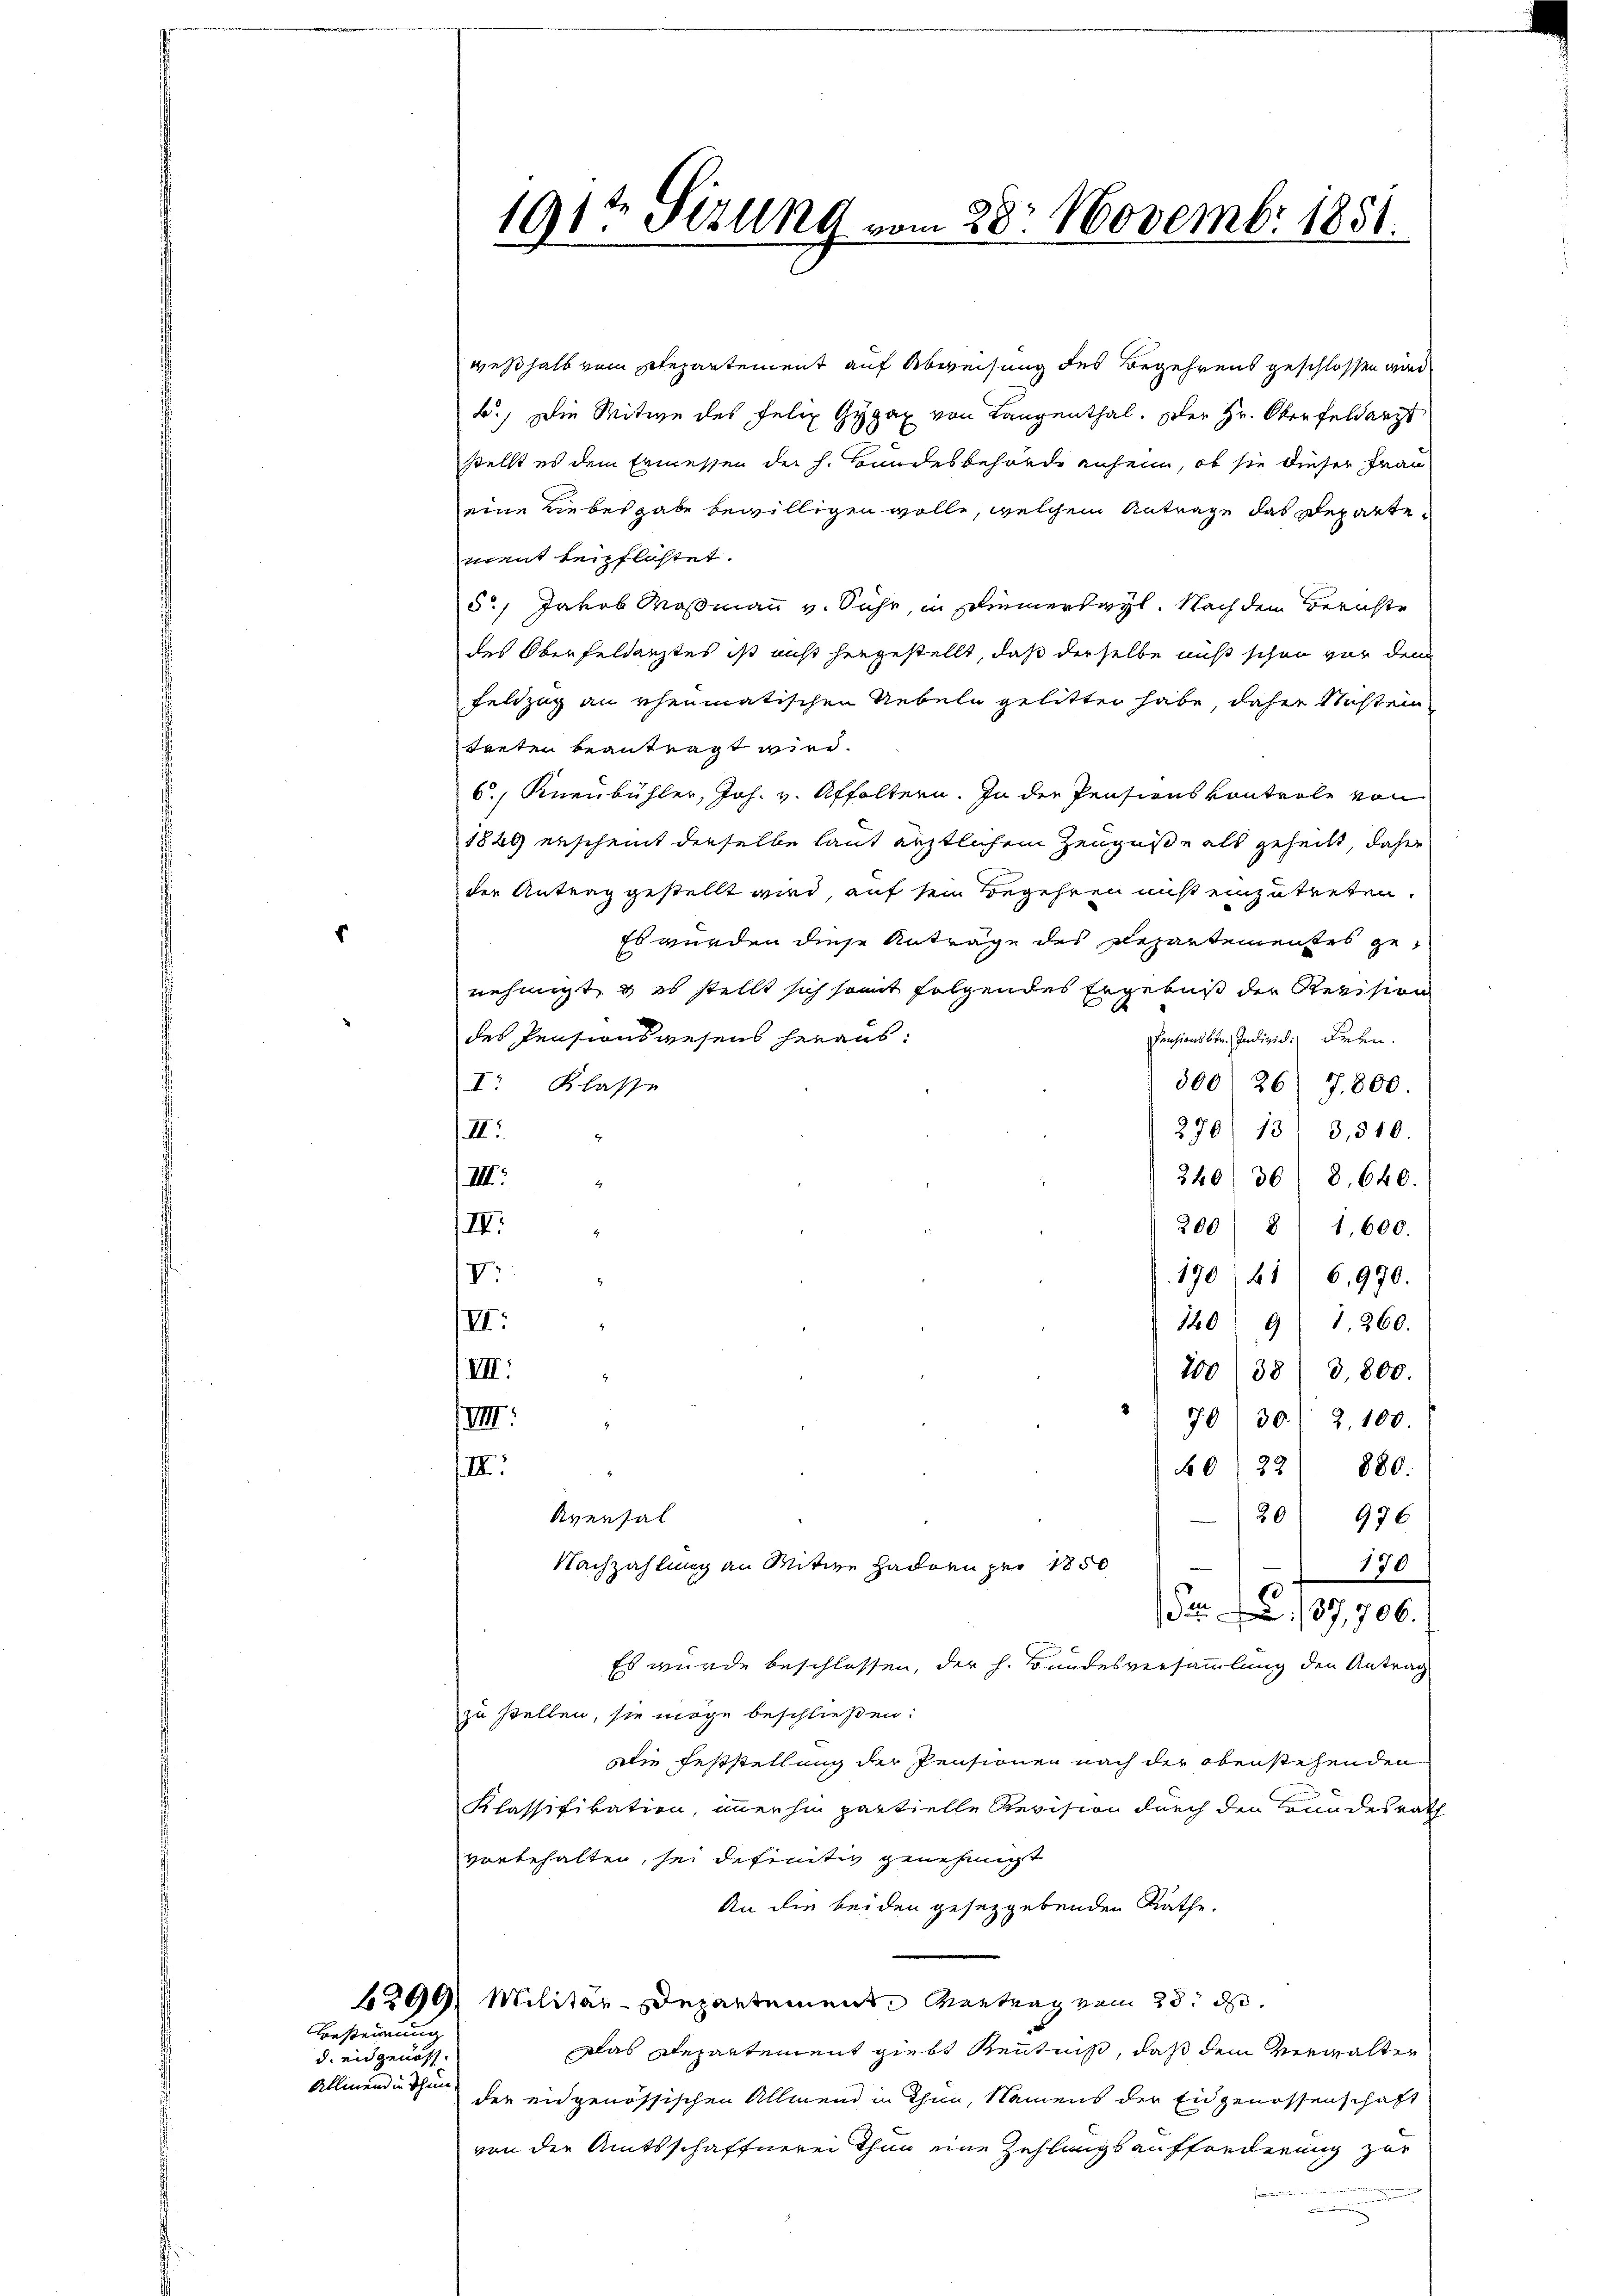
Allmend in Thun

Besteirung
d. eidgenöss.

191t Setzung vom 28. Novembr 1851.

weßhalb vom Departement auf Abweisung des Begehrens geschlossen wird.
F.) Die Meitige des Felix Gygar von Langenthal. Der Hr. Oberfeldarz
stellt es dem Ermessen der h. Bundesbehörde anheim, ob sie dieser Frau
eine Liebesgabe bewilligen wolle, welchem Antrage das Departevant beipflichtet.
5) Jakob Moßmann v. Suhr, in sinnerhayl. Nach den Berichte
des Oberfeldarztes ist nicht hergestellt, daß derselbe nicht schon vor dem
Feldzug an ehematischen Uebeln gelitter habe, daher Nichten
treten beantragt wird.
6. Kneubühler, Joh. v. Affoltern. In der Pensionskontrole von
1849 erscheint derselbe laut ärztlichem Zeugniße als geheilt, daher
der Antrag gestellt wird, auf sein Begehren muß einzutreten.
Es wurden diese Antrage des Repartementes genehmigt, & es stellt sich somit folgendes Ergebniß der Revision
des Pensionswesens heraus:
Pensionsbetr. Individ. Leben.
300 26
I. Klasse
7,800.
II.
270/ 13 3,510.
4
240 368. 640.
III.
2
IV.
200) 8 1,600.
1
V.
170/61) 6,970.
2
VI.
140. 91. 260.
VII.
100/38) 3,800.
570/30/ 2,100.
VIII.
.
IV.
60 (22) 880.
Aversal
30) 976
Nachzahlung an Mitwe Hadden per 1850
170
¬
0
/37,706.
Es wurde beschlossen, der h. Bundesversammlung den Antrag
zu stellen, sie möge beschließen:
Die Feststellung der Pensionen nach der obenstehenden
Klassifikation, immerhin partielle Revision durch den Bundesrath
vorbehalten, sei definitiv genehmigt
An die beiden gesetzgebenden Rathe.
6299 Militär-Departement. Vertrag vom 28. d.
Das Departement giebt Kenntniß, daß dem Verwalter
der engenössischen Allmend in Thun, Namens der Eidgenossenschaft
von der Amtsschaffnerei Thun eine Zahlungsaufforderung zur
.